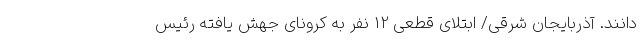
دانند. آذربایجان شرقی/ ابتلای قطعی 12 نفر به کرونای جهش یافته رئیس